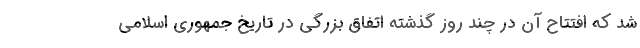
شد که افتتاح آن در چند روز گذشته اتفاق بزرگی در تاریخ جمهوری اسلامی